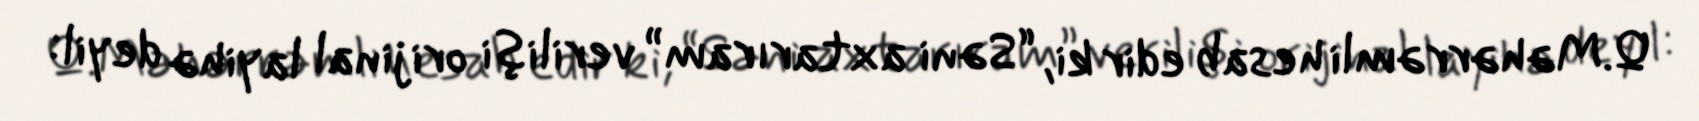
Q.Məhərrəmli hesab edir ki, “Səni axtarıram” verilişi orijinal layihə deyil: